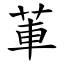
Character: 莗